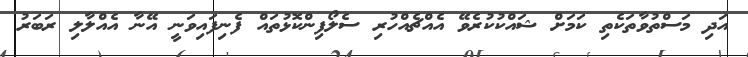
އަދި މަސްތުވާތަކެތި ކަމަށް ޝައްކުކުރެވޭ އެއްޗެއްހުރި ސެލޯފިންކޮޅުތައް ފެނިފައިވަނީ އޭނާ އެއްލާލި ރަބަރު